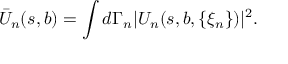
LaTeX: \bar { U } _ { n } ( s , b ) = \int d \Gamma _ { n } | U _ { n } ( s , b , \{ \xi _ { n } \} ) | ^ { 2 } .